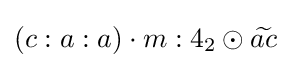
(c:a:a)\cdot m:4_{2}\odot {\widetilde {ac}}